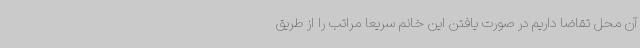
آن محل تقاضا داریم در صورت یافتن این خانم سریعا مراتب را از طریق